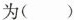
为（ ）